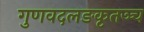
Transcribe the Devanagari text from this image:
गुणवदलङकृतञ्च